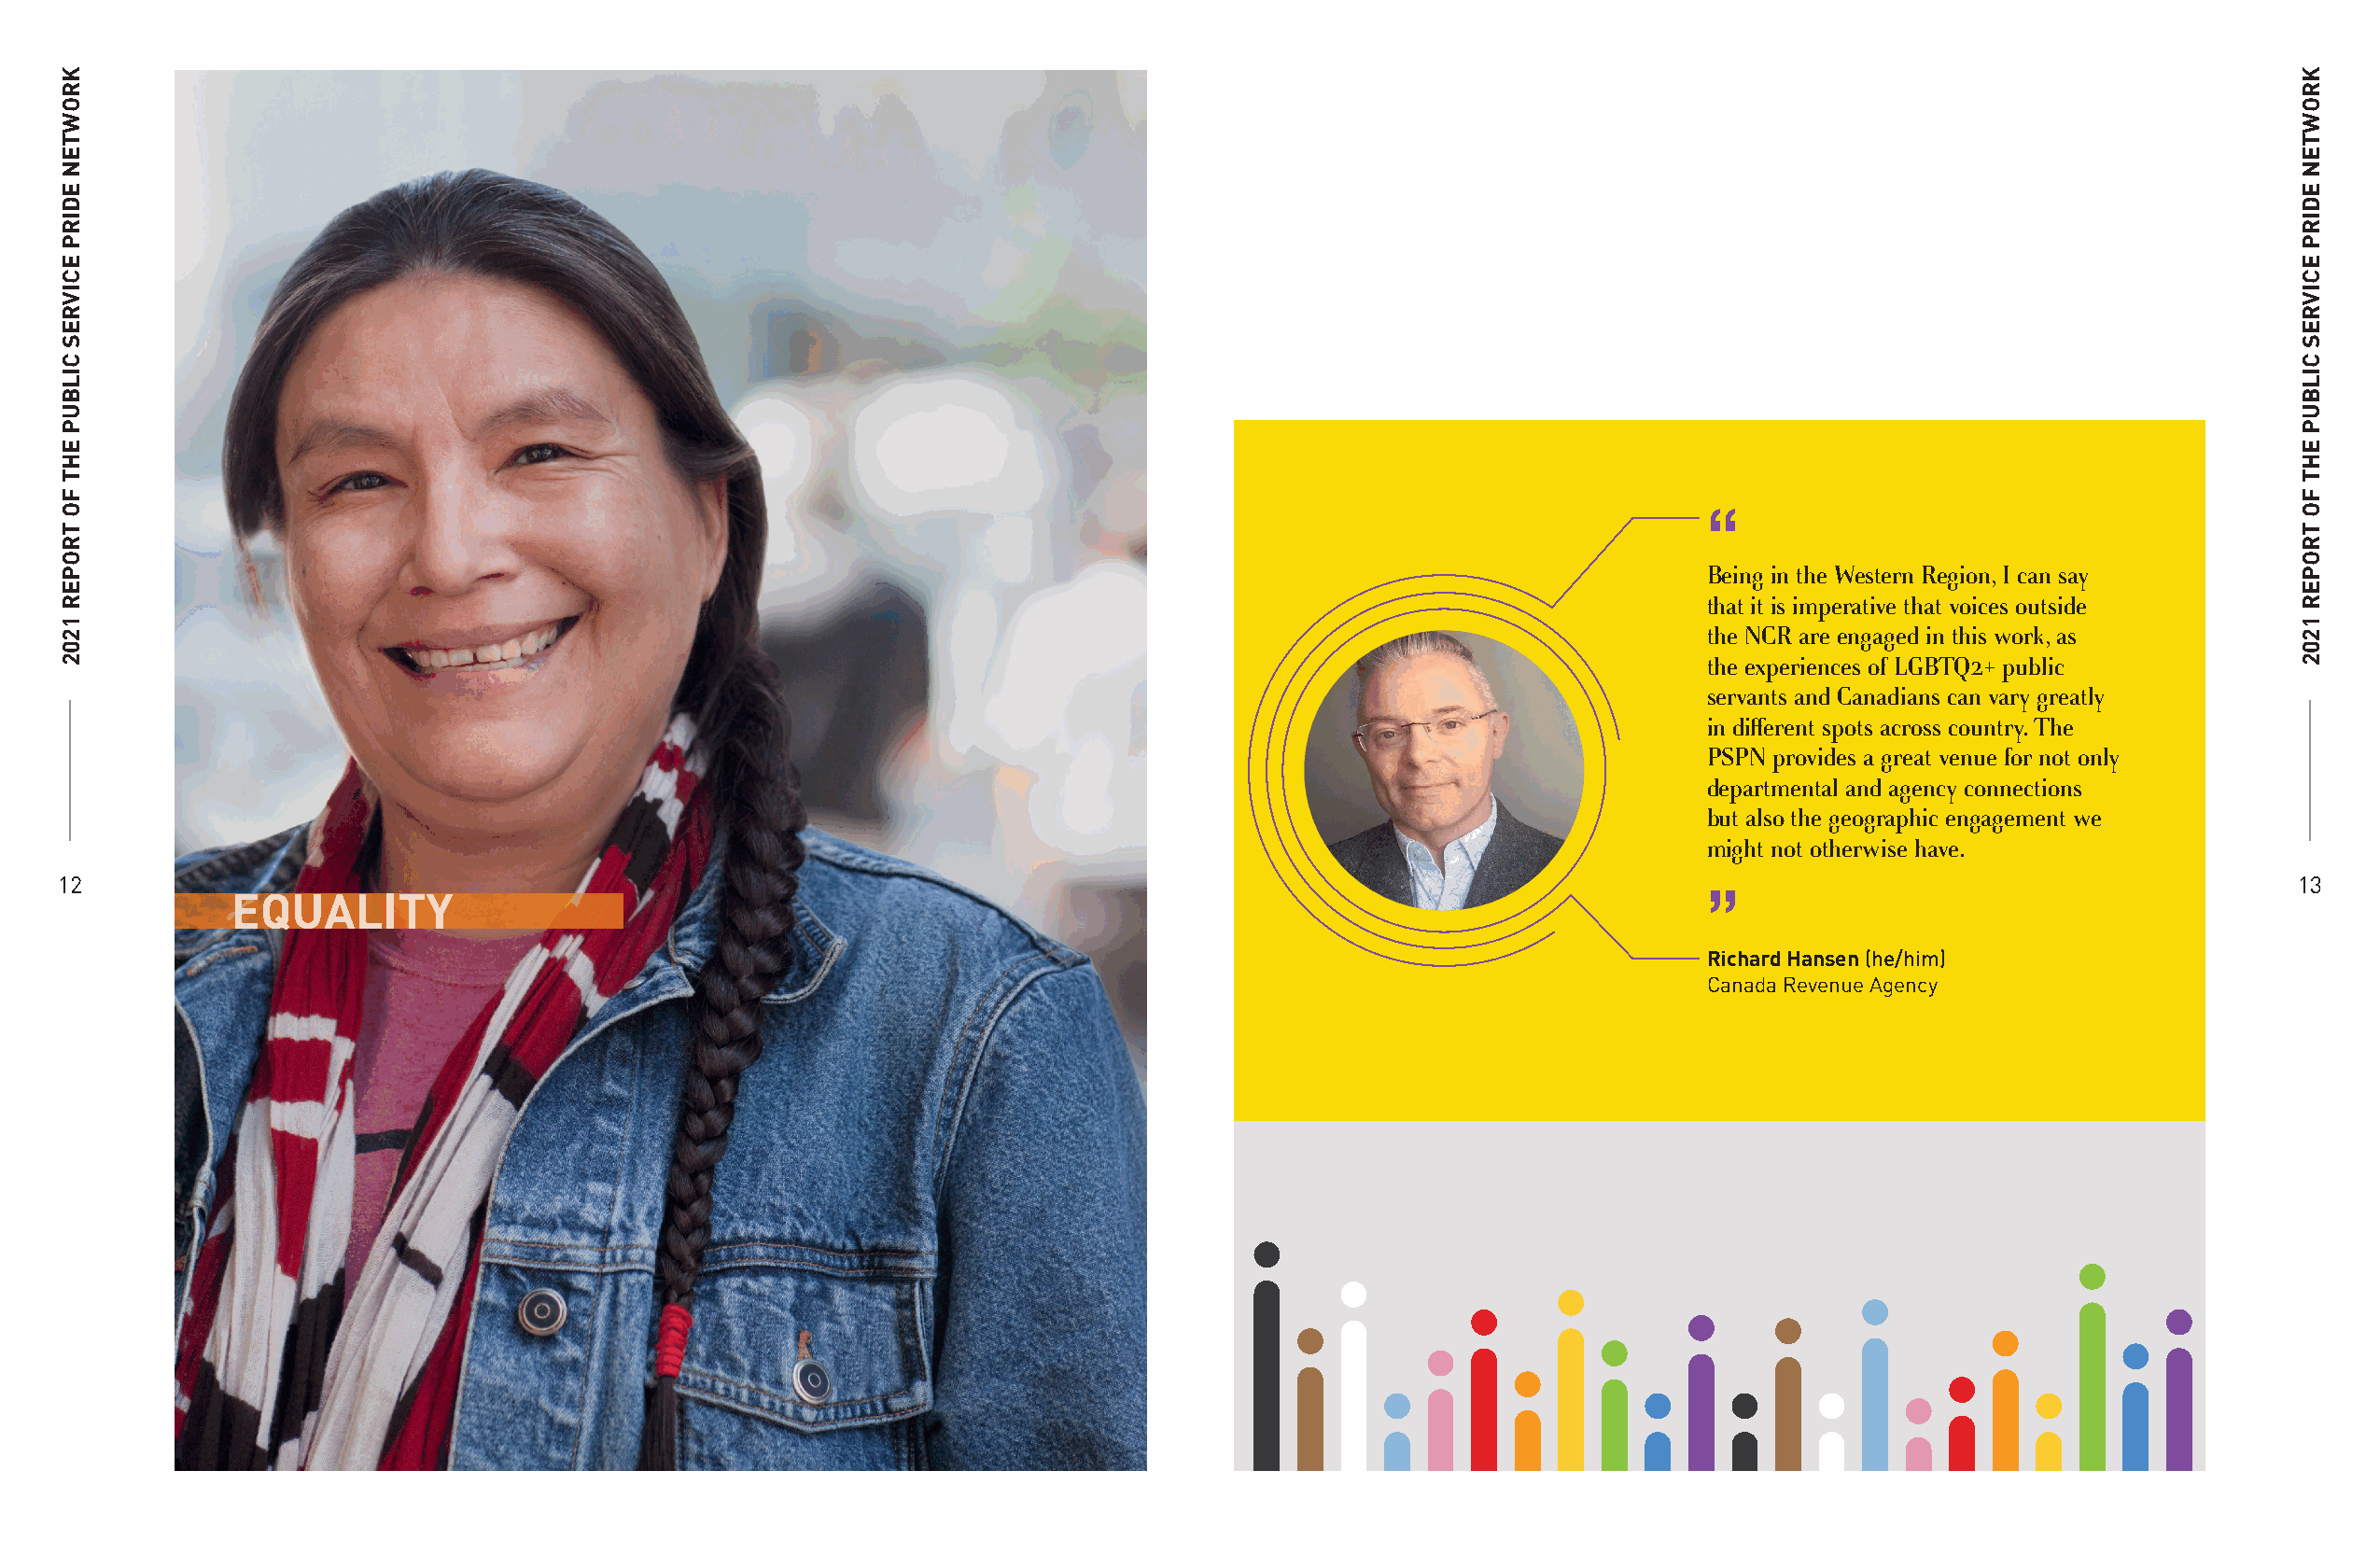
“
 Being in the Western Region, I can say
 that it is imperative that voices outside
 the NCR are engaged in this work, as
 the experiences of LGBTQ2+ public
 servants and Canadians can vary greatly
 in different spots across country. The
 PSPN provides a great venue for not only
 departmental and agency connections
 but also the geographic engagement we
 might not otherwise have.
 12                                                                                                                                                             13
 EQUALITY
 ”
 Richard Hansen (he/him)
 Canada Revenue Agency
 KROWTEN
 EDIRP
 ECIVRES
 CILBUP
 EHT
 FO
 TROPER
 1202
 KROWTEN
 EDIRP
 ECIVRES
 CILBUP
 EHT
 FO
 TROPER
 1202